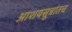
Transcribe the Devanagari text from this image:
आशयसूत्रांतच